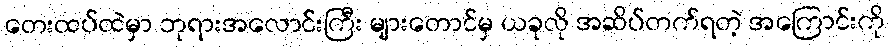
တေးထပ်ထဲမှာ ဘုရားအလောင်းကြီး များတောင်မှ ယခုလို အဆိပ်တက်ရတဲ့ အကြောင်းကို